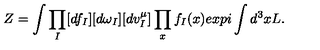
Z = \int \prod _ { I } [ d f _ { I } ] [ d \omega _ { I } ] [ d v _ { I } ^ { \mu } ] \prod _ { x } f _ { I } ( x ) e x p i \int d ^ { 3 } x L .